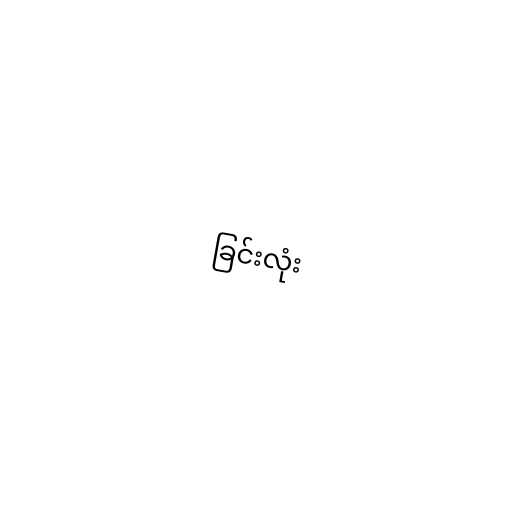
ခြင်းလုံး